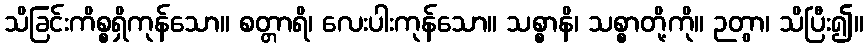
သိခြင်းကိစ္စရှိကုန်သော။ စတ္တာရိ၊ လေးပါးကုန်သော။ သစ္စာနိ၊ သစ္စာတို့ကို။ ဉတွာ၊ သိပြီး၍။